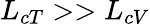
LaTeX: L_{cT}>>L_{cV}